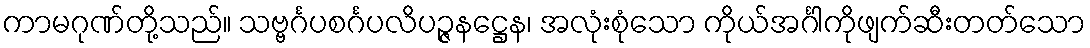
ကာမဂုဏ်တို့သည်။ သဗ္ဗင်္ဂပစင်္ဂပလိပဉ္ဇနဋ္ဌေန၊ အလုံးစုံသော ကိုယ်အင်္ဂါကိုဖျက်ဆီးတတ်သော